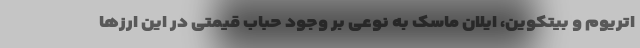
اتریوم و بیتکوین، ایلان ماسک به نوعی بر وجود حباب قیمتی در این ارزها